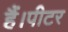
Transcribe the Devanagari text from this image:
हैं।पीटर